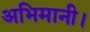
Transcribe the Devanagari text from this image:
अभिमानी।